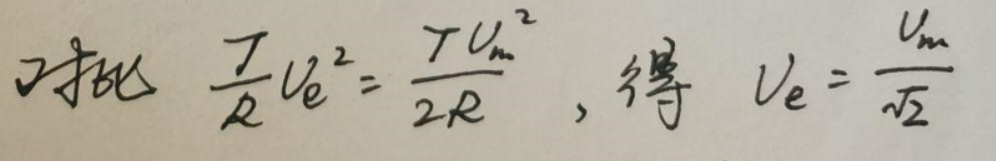
对比$ \quad \frac{I}{R} U_{e}^{2}=\frac{I}{2R} U_{m}^{2}, \quad $得$ \quad U_{e}=\frac{U_{m}}{\sqrt{2}}$